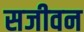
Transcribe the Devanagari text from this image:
सजीवन